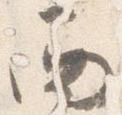
西